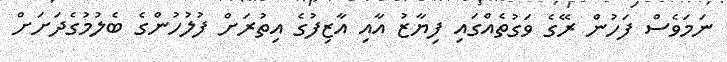
ނަމަވެސް ފަހުން ރޭގެ ވަގުތެއްގައި ފިޔާޒު އާއި އާޒިފުގެ އިތުރަށް ފުލުހުންގެ ބެލުމުގެދަށަށް